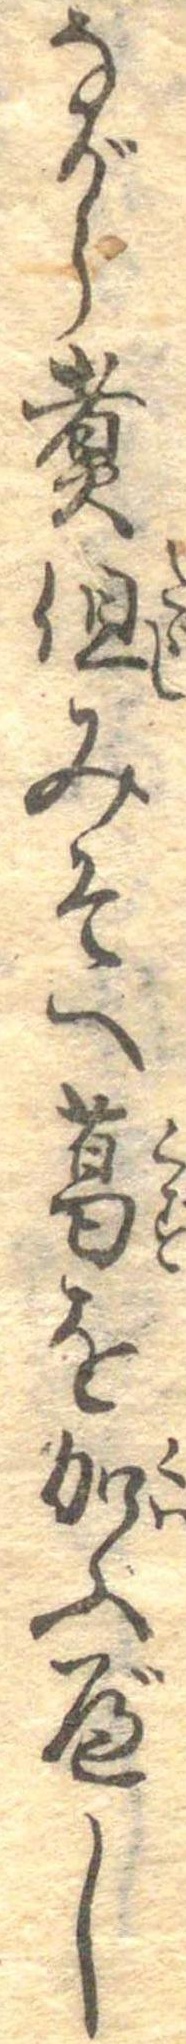
ながら煮但みそへ葛を加ふべし